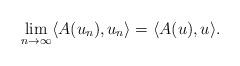
LaTeX: \begin{align*}\lim_{n\rightarrow\infty} \langle A(u_n), u_n \rangle = \langle A(u), u \rangle .\end{align*}